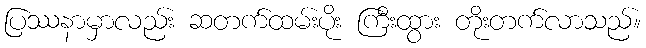
ပြဿနာမှာလည်း ဆတက်ထမ်းပိုး ကြီးထွား တိုးတက်လာသည်။